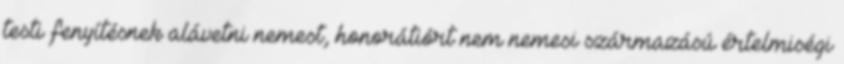
testi fenyítésnek alávetni nemest, honorátiórt nem nemesi származású értelmiségi